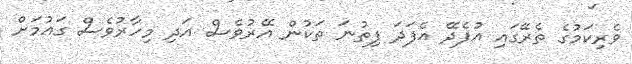
ވެރިކަމުގެ ތެރޭގައި އުފެދޭ އެފަދަ ފިތުނަ ތަކުން އޭރުވެސް އަދި މިހާރުވެސް ގައުމަށް